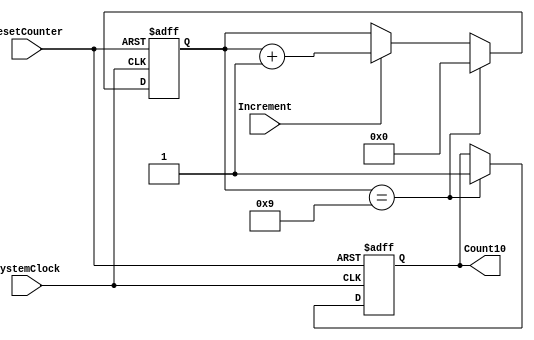
`timescale 1ns / 1ps
//////////////////////////////////////////////////////////////////////////////////
// Company: 
// Engineer: 
// 
// Design Name: 
// Module Name: Mod10_counter
// Project Name: 
// Target Devices: 
// Tool Versions: 
// Description: 
// 
// Dependencies: 
// 
// Revision:
// Revision 0.01 - File Created
// Additional Comments:
// 
//////////////////////////////////////////////////////////////////////////////////


module Mod10_counter(
                    input SystemClock,
                    input Increment,
                    input ResetCounter,
                    output reg Count10
    );
    
    reg[3:0] counter;
    always@(posedge SystemClock or negedge ResetCounter)begin
        if(!ResetCounter)begin
            counter <= 0;
            Count10 <= 0;
        end else begin
            if(Increment) counter <= counter +1;
            if(counter == 9)begin
                counter <= 0;
                Count10 <= 1;
            end 
        end
    end
    
    
    
endmodule